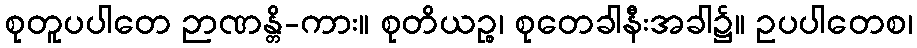
စုတူပပါတေ ဉာဏန္တိ-ကား။ စုတိယဉ္စ၊ စုတေခါနီးအခါ၌။ ဥပပါတေစ၊